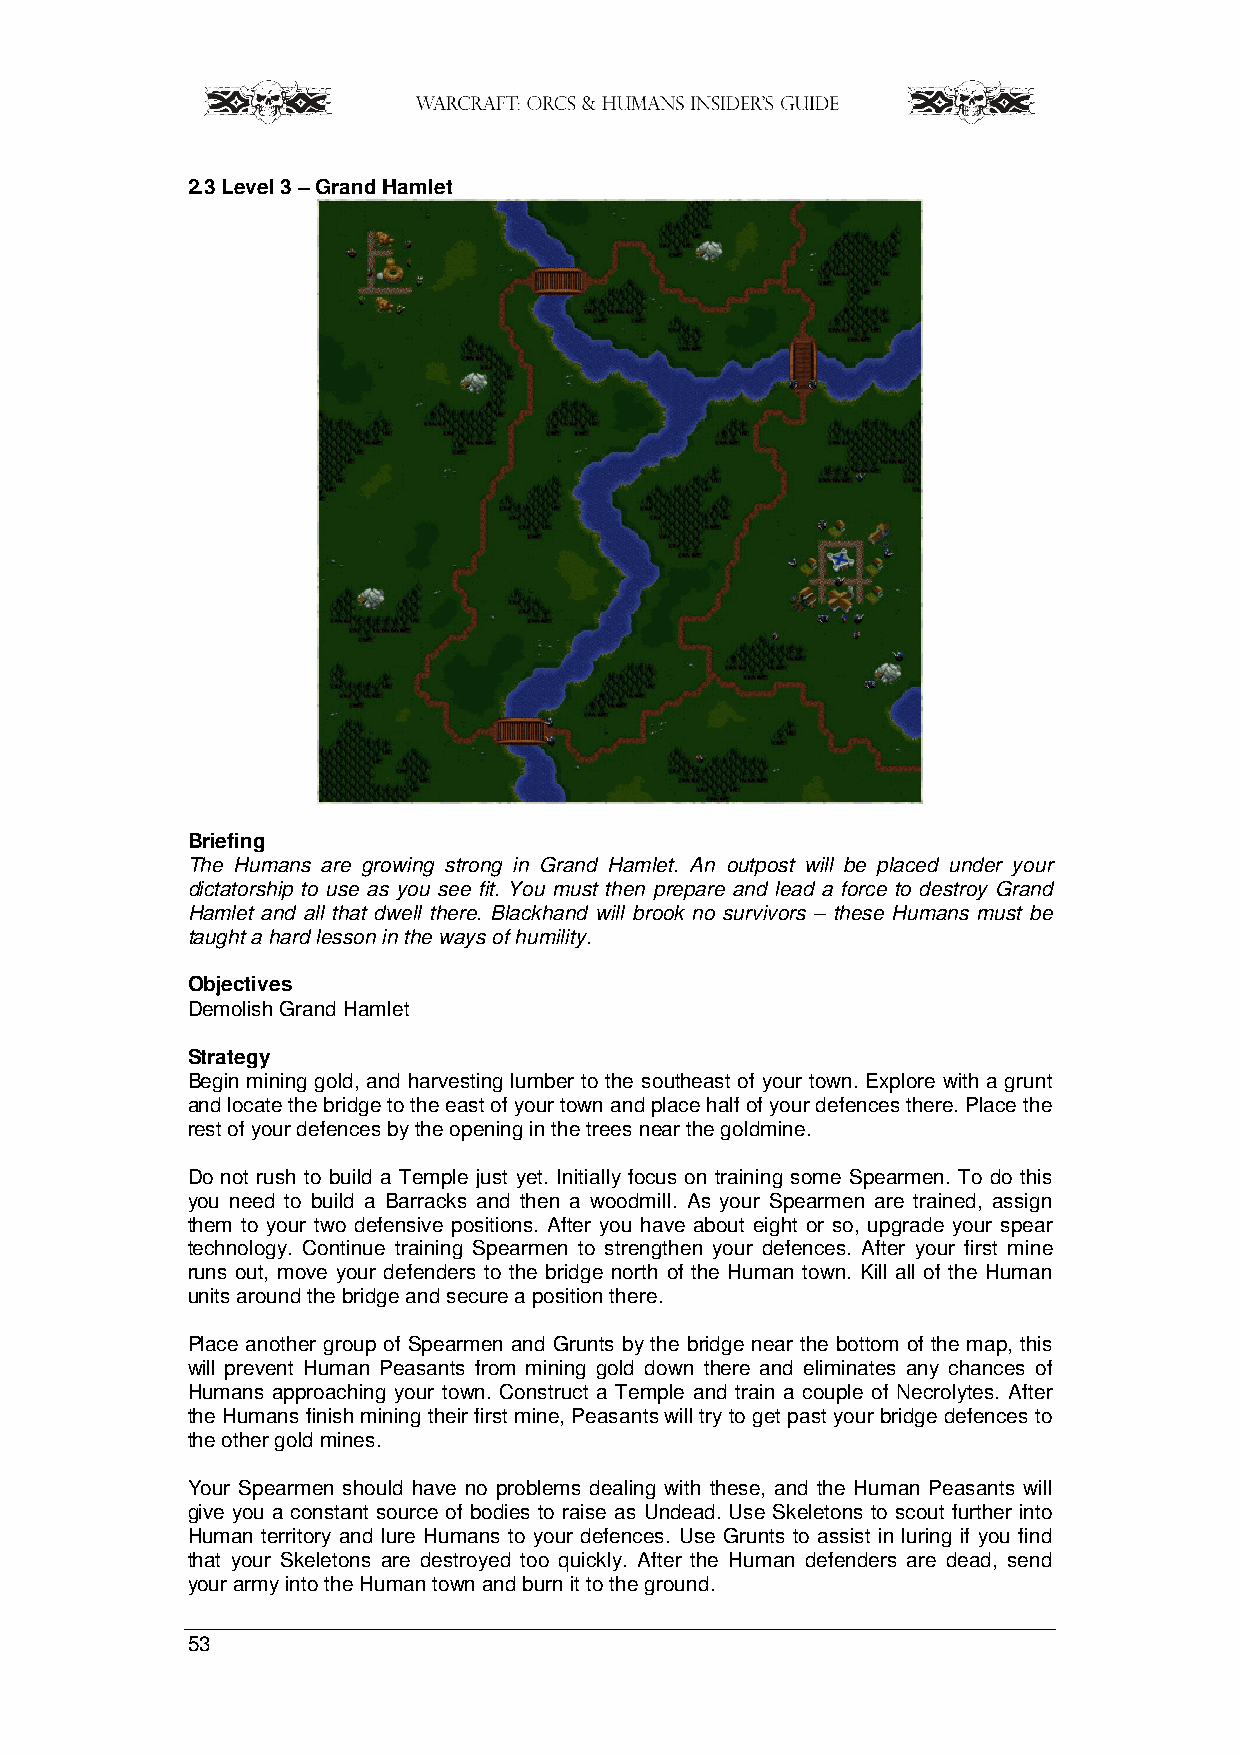
2.3 Level 3 – Grand Hamlet
 Briefing
 The Humans are growing strong in Grand Hamlet. An outpost will be placed under your
 dictatorship to use as you see fit. You must then prepare and lead a force to destroy Grand
 Hamlet and all that dwell there. Blackhand will brook no survivors – these Humans must be
 taught a hard lesson in the ways of humility.
 Objectives
 Demolish Grand Hamlet
 Strategy
 Begin mining gold, and harvesting lumber to the southeast of your town. Explore with a grunt
 and locate the bridge to the east of your town and place half of your defences there. Place the
 rest of your defences by the opening in the trees near the goldmine.
 Do not rush to build a Temple just yet. Initially focus on training some Spearmen. To do this
 you need to build a Barracks and then a woodmill. As your Spearmen are trained, assign
 them to your two defensive positions. After you have about eight or so, upgrade your spear
 technology. Continue training Spearmen to strengthen your defences. After your first mine
 runs out, move your defenders to the bridge north of the Human town. Kill all of the Human
 units around the bridge and secure a position there.
 Place another group of Spearmen and Grunts by the bridge near the bottom of the map, this
 will prevent Human Peasants from mining gold down there and eliminates any chances of
 Humans approaching your town. Construct a Temple and train a couple of Necrolytes. After
 the Humans finish mining their first mine, Peasants will try to get past your bridge defences to
 the other gold mines.
 Your Spearmen should have no problems dealing with these, and the Human Peasants will
 give you a constant source of bodies to raise as Undead. Use Skeletons to scout further into
 Human territory and lure Humans to your defences. Use Grunts to assist in luring if you find
 that your Skeletons are destroyed too quickly. After the Human defenders are dead, send
 your army into the Human town and burn it to the ground.
 53